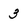
Character: 3